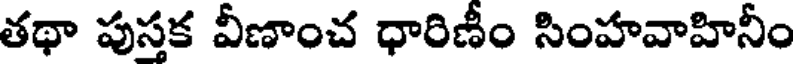
తథా పుస్తక వీణాంచ ధారిణీం సింహవాహినీం